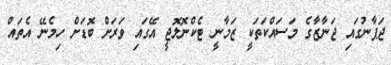
ޖަޕާނުގައި ޖަނާޒާގެ މަސައްކަތަކީ ޒަމާނީ ޓެކްނޮލޮޖީ އޭގައި ވަރަށް ބޮޑަށް ހިމެނޭ އެތައް